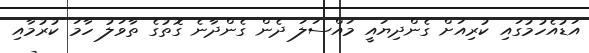
އަޑުއެހުމުގައި ކުރިއަށް ގެންދިޔައީ މައްސަލަ ދެން ގެންދާނެ ގޮތުގެ ތާވަލު ހާމަ ކުރުމާއި